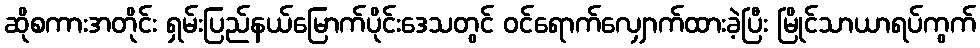
ဆိုစကားအတိုင်း ရှမ်းပြည်နယ်မြောက်ပိုင်းဒေသတွင် ဝင်ရောက်လျှောက်ထားခဲ့ပြီး မြိုင်သာယာရပ်ကွက်